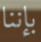
بإننا